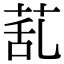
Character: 𦯠